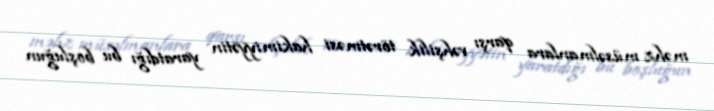
məhz müsəlmanlara qarşı vəhşilik törətməsi hakimiyyətin yaratdığı bu boşluğun